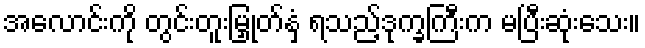
အလောင်းကို တွင်းတူးမြှုတ်နှံ ရသည့်ဒုက္ခကြီးက မပြီးဆုံးသေး။